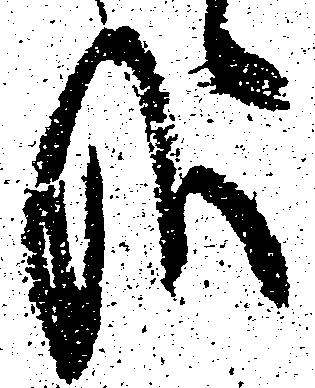
哉